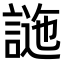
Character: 𧪁